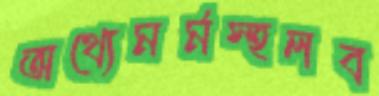
অথ্যেমর্মস্হলব